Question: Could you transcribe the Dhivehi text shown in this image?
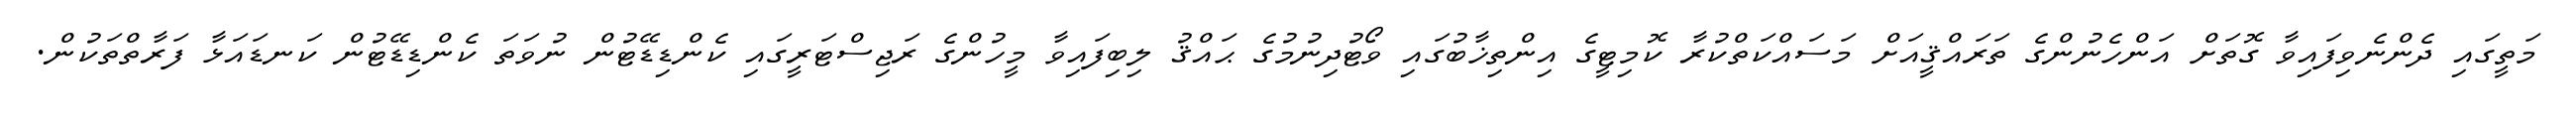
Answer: މަތީގައި ދެންނެވިފައިވާ ގޮތަށް އަންހެނުންގެ ތަރައްޤީއަށް މަސައްކަތްކުރާ ކޮމިޓީގެ އިންތިޚާބުގައި ވޯޓުދިނުމުގެ ޙައްޤު ލިބިފައިވާ މީހުންގެ ރަޖިސްޓަރީގައި ކެންޑިޑޭޓުން ނުވަތަ ކެންޑިޑޭޓުން ކަނޑައަޅާ ފަރާތްތަކުން.